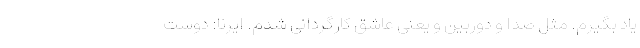
یاد بگیرم. مثل صدا و دوربین و یعنی عاشق کارگردانی شدم. ایرنا: دوست